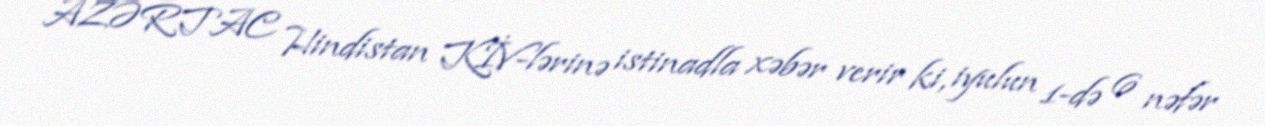
AZƏRTAC Hindistan KİV-lərinə istinadla xəbər verir ki, iyulun 1-də 6 nəfər